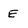
Character: E